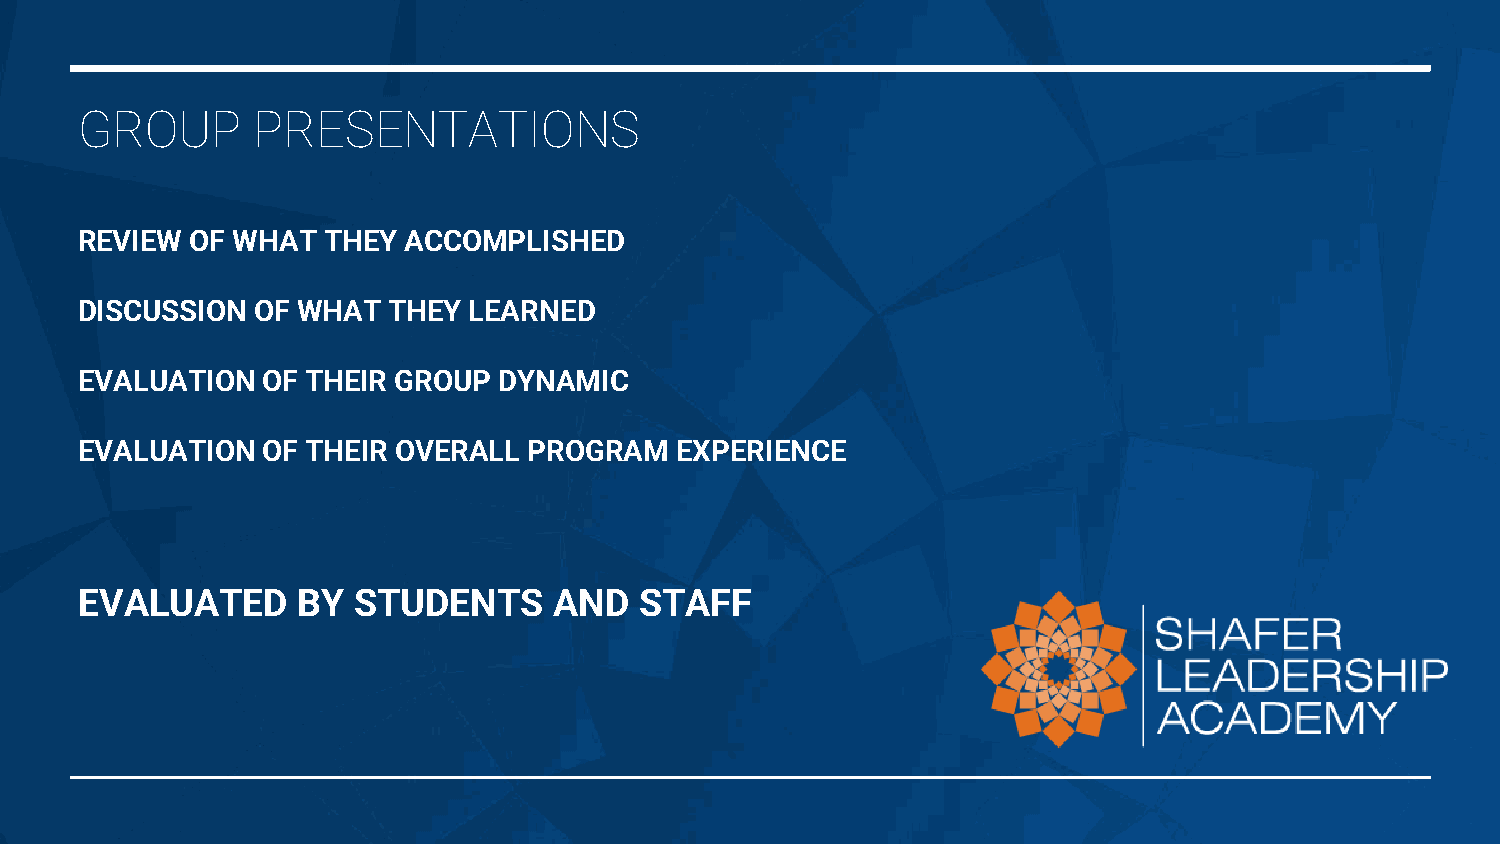
GROUP       PRESENTATIONS
 REVIEW  OF WHAT THEY  ACCOMPLISHED
 DISCUSSION  OF WHAT  THEY LEARNED
 EVALUATION  OF THEIR GROUP  DYNAMIC
 EVALUATION  OF THEIR OVERALL  PROGRAM   EXPERIENCE
 EVALUATED      BY STUDENTS      AND  STAFF